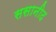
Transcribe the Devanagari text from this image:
ससानीद